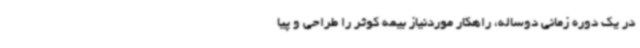
در یک دوره زمانی دوساله، راهکار موردنیاز بیمه کوثر را طراحی و پیا